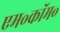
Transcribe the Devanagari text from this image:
एम॰कॉम॰